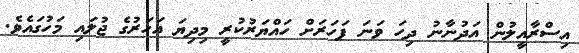
އިސްރާއީލުން އަދުނާނު ދިހަ ވަނަ ފަހަރަށް ހައްޔަރުކުރީ މިދިޔަ އަހަރުގެ ޖުލައި މަހުގައެވެ.